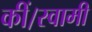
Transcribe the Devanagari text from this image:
कीं।स्वामी